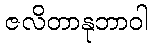
ဇလိတာနုဘာဝါ